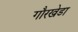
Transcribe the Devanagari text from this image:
गौरखेडा